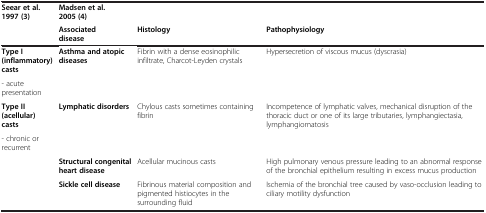
| Seear et al. 1997 (3) | Madsen et al. 2005 (4) |  |  |
 |  | Associated disease | Histology | Pathophysiology |
 | --- | --- | --- | --- |
 | Type I (inflammatory) casts | <ROWSPAN=2> Asthma and atopic diseases | <ROWSPAN=2> Fibrin with a dense eosinophilic infiltrate, Charcot-Leyden crystals | <ROWSPAN=2> Hypersecretion of viscous mucus (dyscrasia) |
 | - acute presentation |
 | Type II (acellular) casts | <ROWSPAN=2> Lymphatic disorders | <ROWSPAN=2> Chylous casts sometimes containing fibrin | <ROWSPAN=2> Incompetence of lymphatic valves, mechanical disruption of the thoracic duct or one of its large tributaries, lymphangiectasia, lymphangiomatosis |
 | - chronic or recurrent |
 |  | Structural congenital heart disease | Acellular mucinous casts | High pulmonary venous pressure leading to an abnormal response of the bronchial epithelium resulting in excess mucus production |
 |  | Sickle cell disease | Fibrinous material composition and pigmented histiocytes in the surrounding fluid | Ischemia of the bronchial tree caused by vaso-occlusion leading to ciliary motility dysfunction |